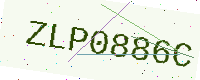
Text: ZLP0886C